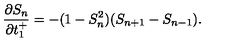
\frac { \partial S _ { n } } { \partial t _ { 1 } ^ { + } } = - ( 1 - S _ { n } ^ { 2 } ) ( S _ { n + 1 } - S _ { n - 1 } ) .